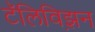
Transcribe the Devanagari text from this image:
टॅलिविझ़न